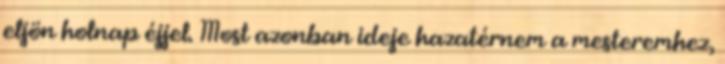
eljön holnap éjjel. Most azonban ideje hazatérnem a mesteremhez,